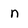
Character: n